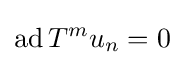
\operatorname {ad} T^{m}u_{n}=0